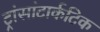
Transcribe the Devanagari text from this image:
ट्रांसांटार्कटिक